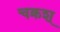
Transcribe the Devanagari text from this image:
चक्रश्